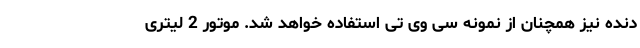
دنده نیز همچنان از نمونه سی وی تی استفاده خواهد شد. موتور 2 لیتری